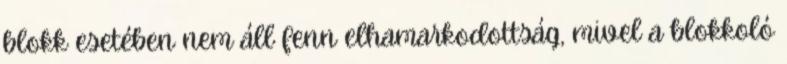
blokk esetében nem áll fenn elhamarkodottság, mivel a blokkoló